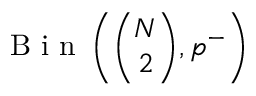
\mathrm { ~ B ~ i ~ n ~ } \left( \binom { N } { 2 } , p ^ { - } \right)